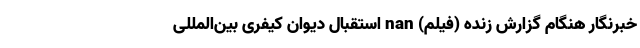
خبرنگار هنگام گزارش زنده (فیلم) nan استقبال دیوان کیفری بین‌المللی